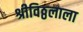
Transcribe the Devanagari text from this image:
श्रीविठ्ठलाला